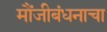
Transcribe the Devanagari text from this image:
मौंजीबंधनाचा